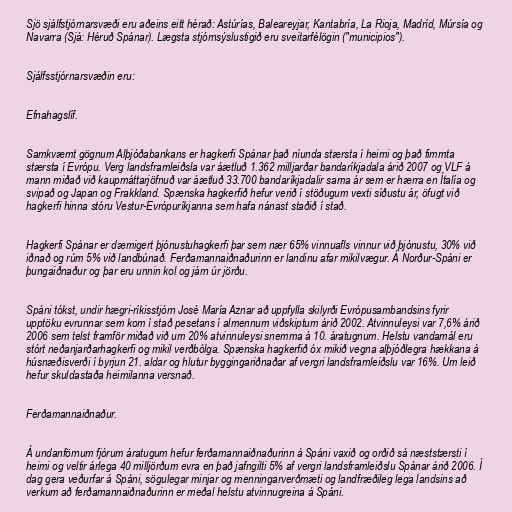
Sjö sjálfstjórnarsvæði eru aðeins eitt hérað: Astúrías, Baleareyjar, Kantabría, La Rioja, Madríd, Múrsía og
Navarra (Sjá: Héruð Spánar). Lægsta stjórnsýslustigið eru sveitarfélögin ("municipios").

Sjálfsstjórnarsvæðin eru:

Efnahagslíf.

Samkvæmt gögnum Alþjóðabankans er hagkerfi Spánar það níunda stærsta í heimi og það fimmta
stærsta í Evrópu. Verg landsframleiðsla var áætluð 1.362 milljarðar bandaríkjadala árið 2007 og VLF á
mann miðað við kaupmáttarjöfnuð var áætluð 33.700 bandaríkjadalir sama ár sem er hærra en Ítalía og
svipað og Japan og Frakkland. Spænska hagkerfið hefur verið í stöðugum vexti síðustu ár, öfugt við
hagkerfi hinna stóru Vestur-Evrópuríkjanna sem hafa nánast staðið í stað.

Hagkerfi Spánar er dæmigert þjónustuhagkerfi þar sem nær 65% vinnuafls vinnur við þjónustu, 30% við
iðnað og rúm 5% við landbúnað. Ferðamannaiðnaðurinn er landinu afar mikilvægur. Á Norður-Spáni er
þungaiðnaður og þar eru unnin kol og járn úr jörðu.

Spáni tókst, undir hægri-ríkisstjórn José María Aznar að uppfylla skilyrði Evrópusambandsins fyrir
upptöku evrunnar sem kom í stað pesetans í almennum viðskiptum árið 2002. Atvinnuleysi var 7,6% árið
2006 sem telst framför miðað við um 20% atvinnuleysi snemma á 10. áratugnum. Helstu vandamál eru
stórt neðanjarðarhagkerfi og mikil verðbólga. Spænska hagkerfið óx mikið vegna alþjóðlegra hækkana á
húsnæðisverði í byrjun 21. aldar og hlutur byggingariðnaðar af vergri landsframleiðslu var 16%. Um leið
hefur skuldastaða heimilanna versnað.

Ferðamannaiðnaður.

Á undanförnum fjórum áratugum hefur ferðamannaiðnaðurinn á Spáni vaxið og orðið sá næststærsti í
heimi og veltir árlega 40 milljörðum evra en það jafngilti 5% af vergri landsframleiðslu Spánar árið 2006. Í
dag gera veðurfar á Spáni, sögulegar minjar og menningarverðmæti og landfræðileg lega landsins að
verkum að ferðamannaiðnaðurinn er meðal helstu atvinnugreina á Spáni.